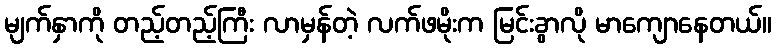
မျက်နှာကို တည့်တည့်ကြီး လာမှန်တဲ့ လက်ဖမိုးက မြင်းခွာလို မာကျောနေတယ်။